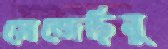
সেজেছিনু